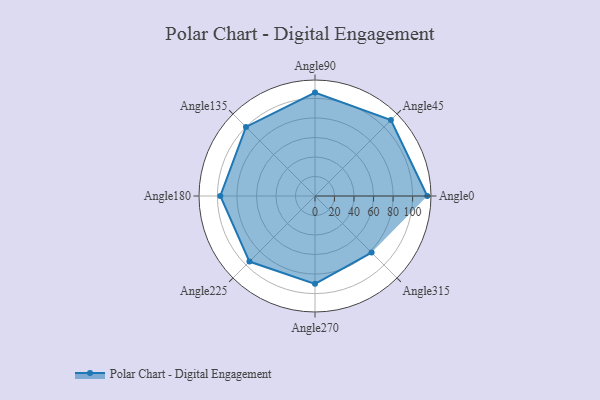
{"axis": {"x": "Angle", "y": "Radius"}, "legend": [""], "data": [{"x": "Angle0", "y": 115.0, "type": ""}, {"x": "Angle45", "y": 110.0, "type": ""}, {"x": "Angle90", "y": 106.0, "type": ""}, {"x": "Angle135", "y": 100.0, "type": ""}, {"x": "Angle180", "y": 97.0, "type": ""}, {"x": "Angle225", "y": 95.0, "type": ""}, {"x": "Angle270", "y": 90.0, "type": ""}, {"x": "Angle315", "y": 82.0, "type": ""}]}